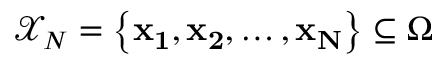
\mathcal { X } _ { N } = \left\{ \mathbf { x _ { 1 } } , \mathbf { x _ { 2 } } , \dotsc , \mathbf { x _ { N } } \right\} \subseteq \Omega